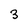
Character: 3